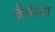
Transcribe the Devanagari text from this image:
बैलेसेस